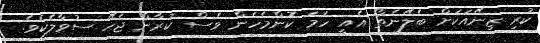
ކުރި ޒިނޭއަކަށް ބެލޭނެތޯ އެއީ ހަމަ ކޮންމެހެން ވެސް ކުރާން ޖެހޭ ސުވާލެކެވެ.